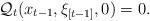
LaTeX: \begin{align*}\mathcal{Q}_{t}(x_{t-1}, \xi_{[t-1]}, 0 )=0.\end{align*}